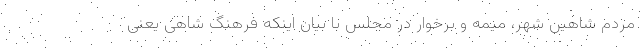
مردم شاهین شهر، میمه و برخوار در مجلس با بیان اینکه فرهنگ شاهی یعنی